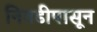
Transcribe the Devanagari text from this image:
निवडीपासून